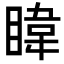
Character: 𪾳